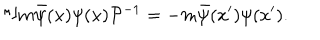
LaTeX: { \cal { P } } m \bar { \psi } ( x ) \psi ( x ) { \cal { P } } ^ { - 1 } = - m \bar { \psi } ( x ^ { \prime } ) \psi ( x ^ { \prime } ) .